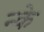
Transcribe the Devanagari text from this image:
न्के